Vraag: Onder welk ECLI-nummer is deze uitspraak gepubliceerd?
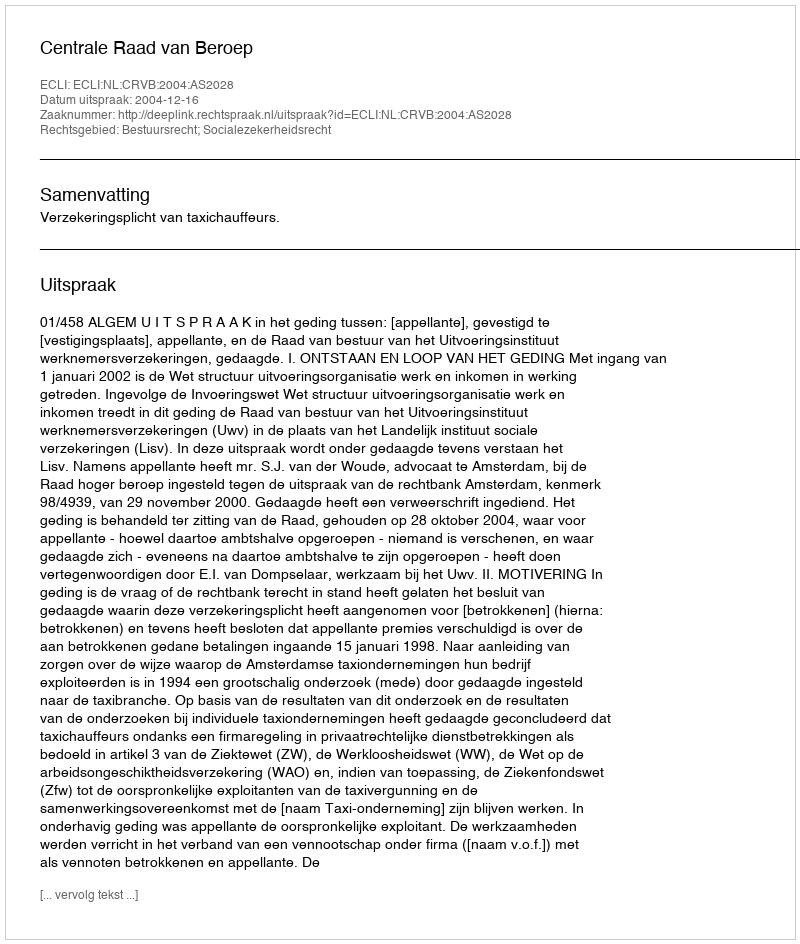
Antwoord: ECLI:NL:CRVB:2004:AS2028